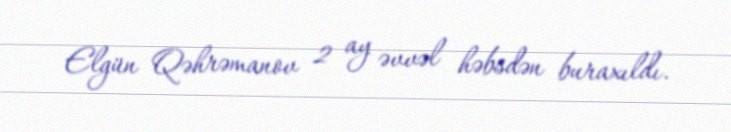
Elgün Qəhrəmanov 2 ay əvvəl həbsdən buraxıldı.